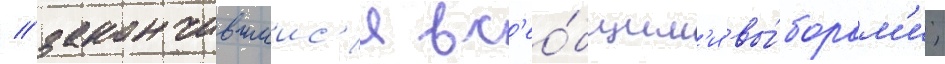
/ закончившиис'я вс'ео́бщим'и вы́борам'и;